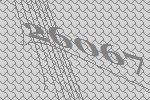
26067